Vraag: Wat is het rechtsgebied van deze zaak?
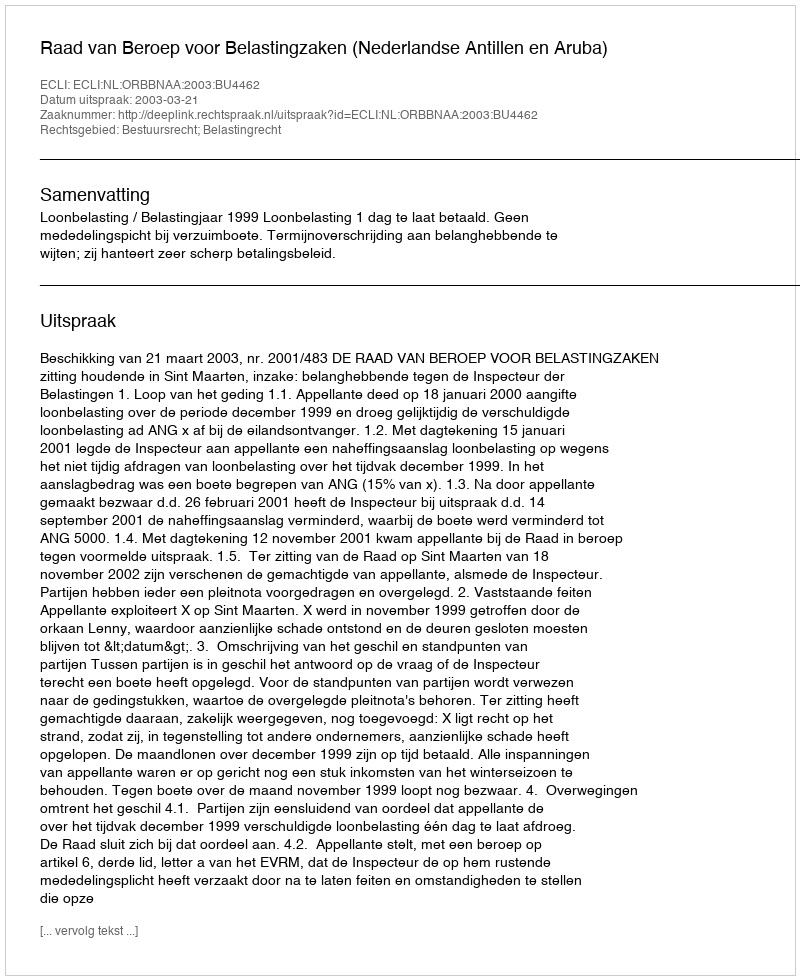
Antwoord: Bestuursrecht; Belastingrecht